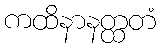
ကထိနာနတ္ထတံ